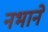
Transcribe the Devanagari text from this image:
नभाने